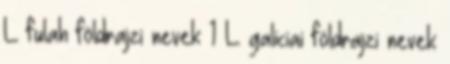
L fulah földrajzi nevek‎ 1 L galiciai földrajzi nevek‎